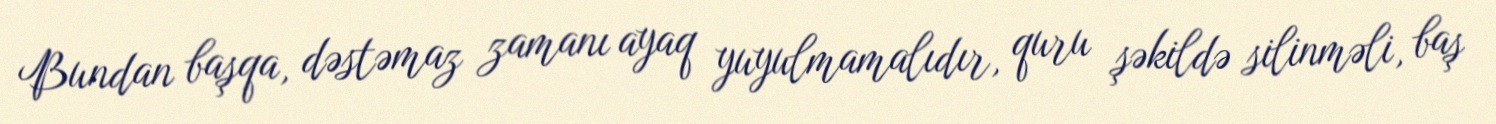
Bundan başqa, dəstəmaz zamanı ayaq yuyulmamalıdır, quru şəkildə silinməli, baş